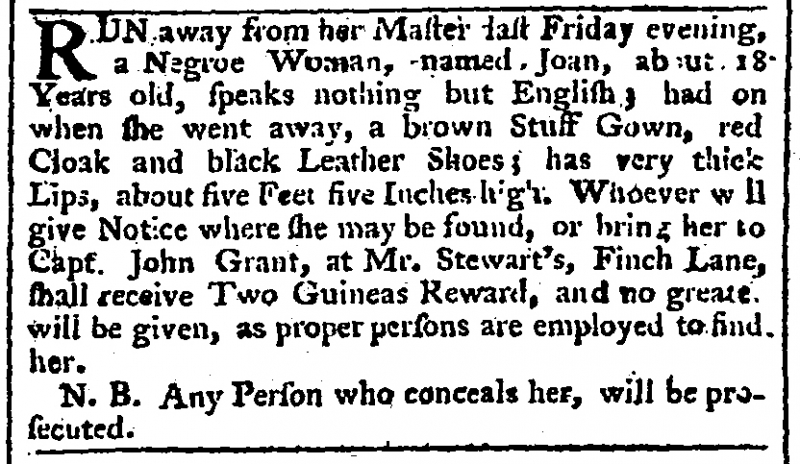
Gazetteer and New Daily Advertiser, 25 March 1765 (England)
RUN away from her Master last Friday evening, a Negroe Woman, named Joan, about 18 Years old, speaks nothing but English; had on when she went away, a brown Stuff Gown, red Cloak and black Leather Shoes; has very thick Lips, about five Feet five Inches high. Whoever will give Notice where she may be found, or bring her to Capt. John Grant, at Mr. Stewart’s, Finch Lane, shall receive Two Guineas Reward, and no greater will be given, as proper persons are employed to find her.   N.B. Any Person who conceals her, will be prosecuted.